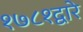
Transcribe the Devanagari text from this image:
१७८१द्वारे